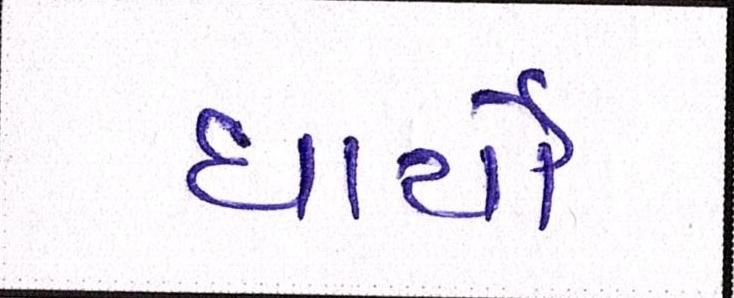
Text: ધાર્યો